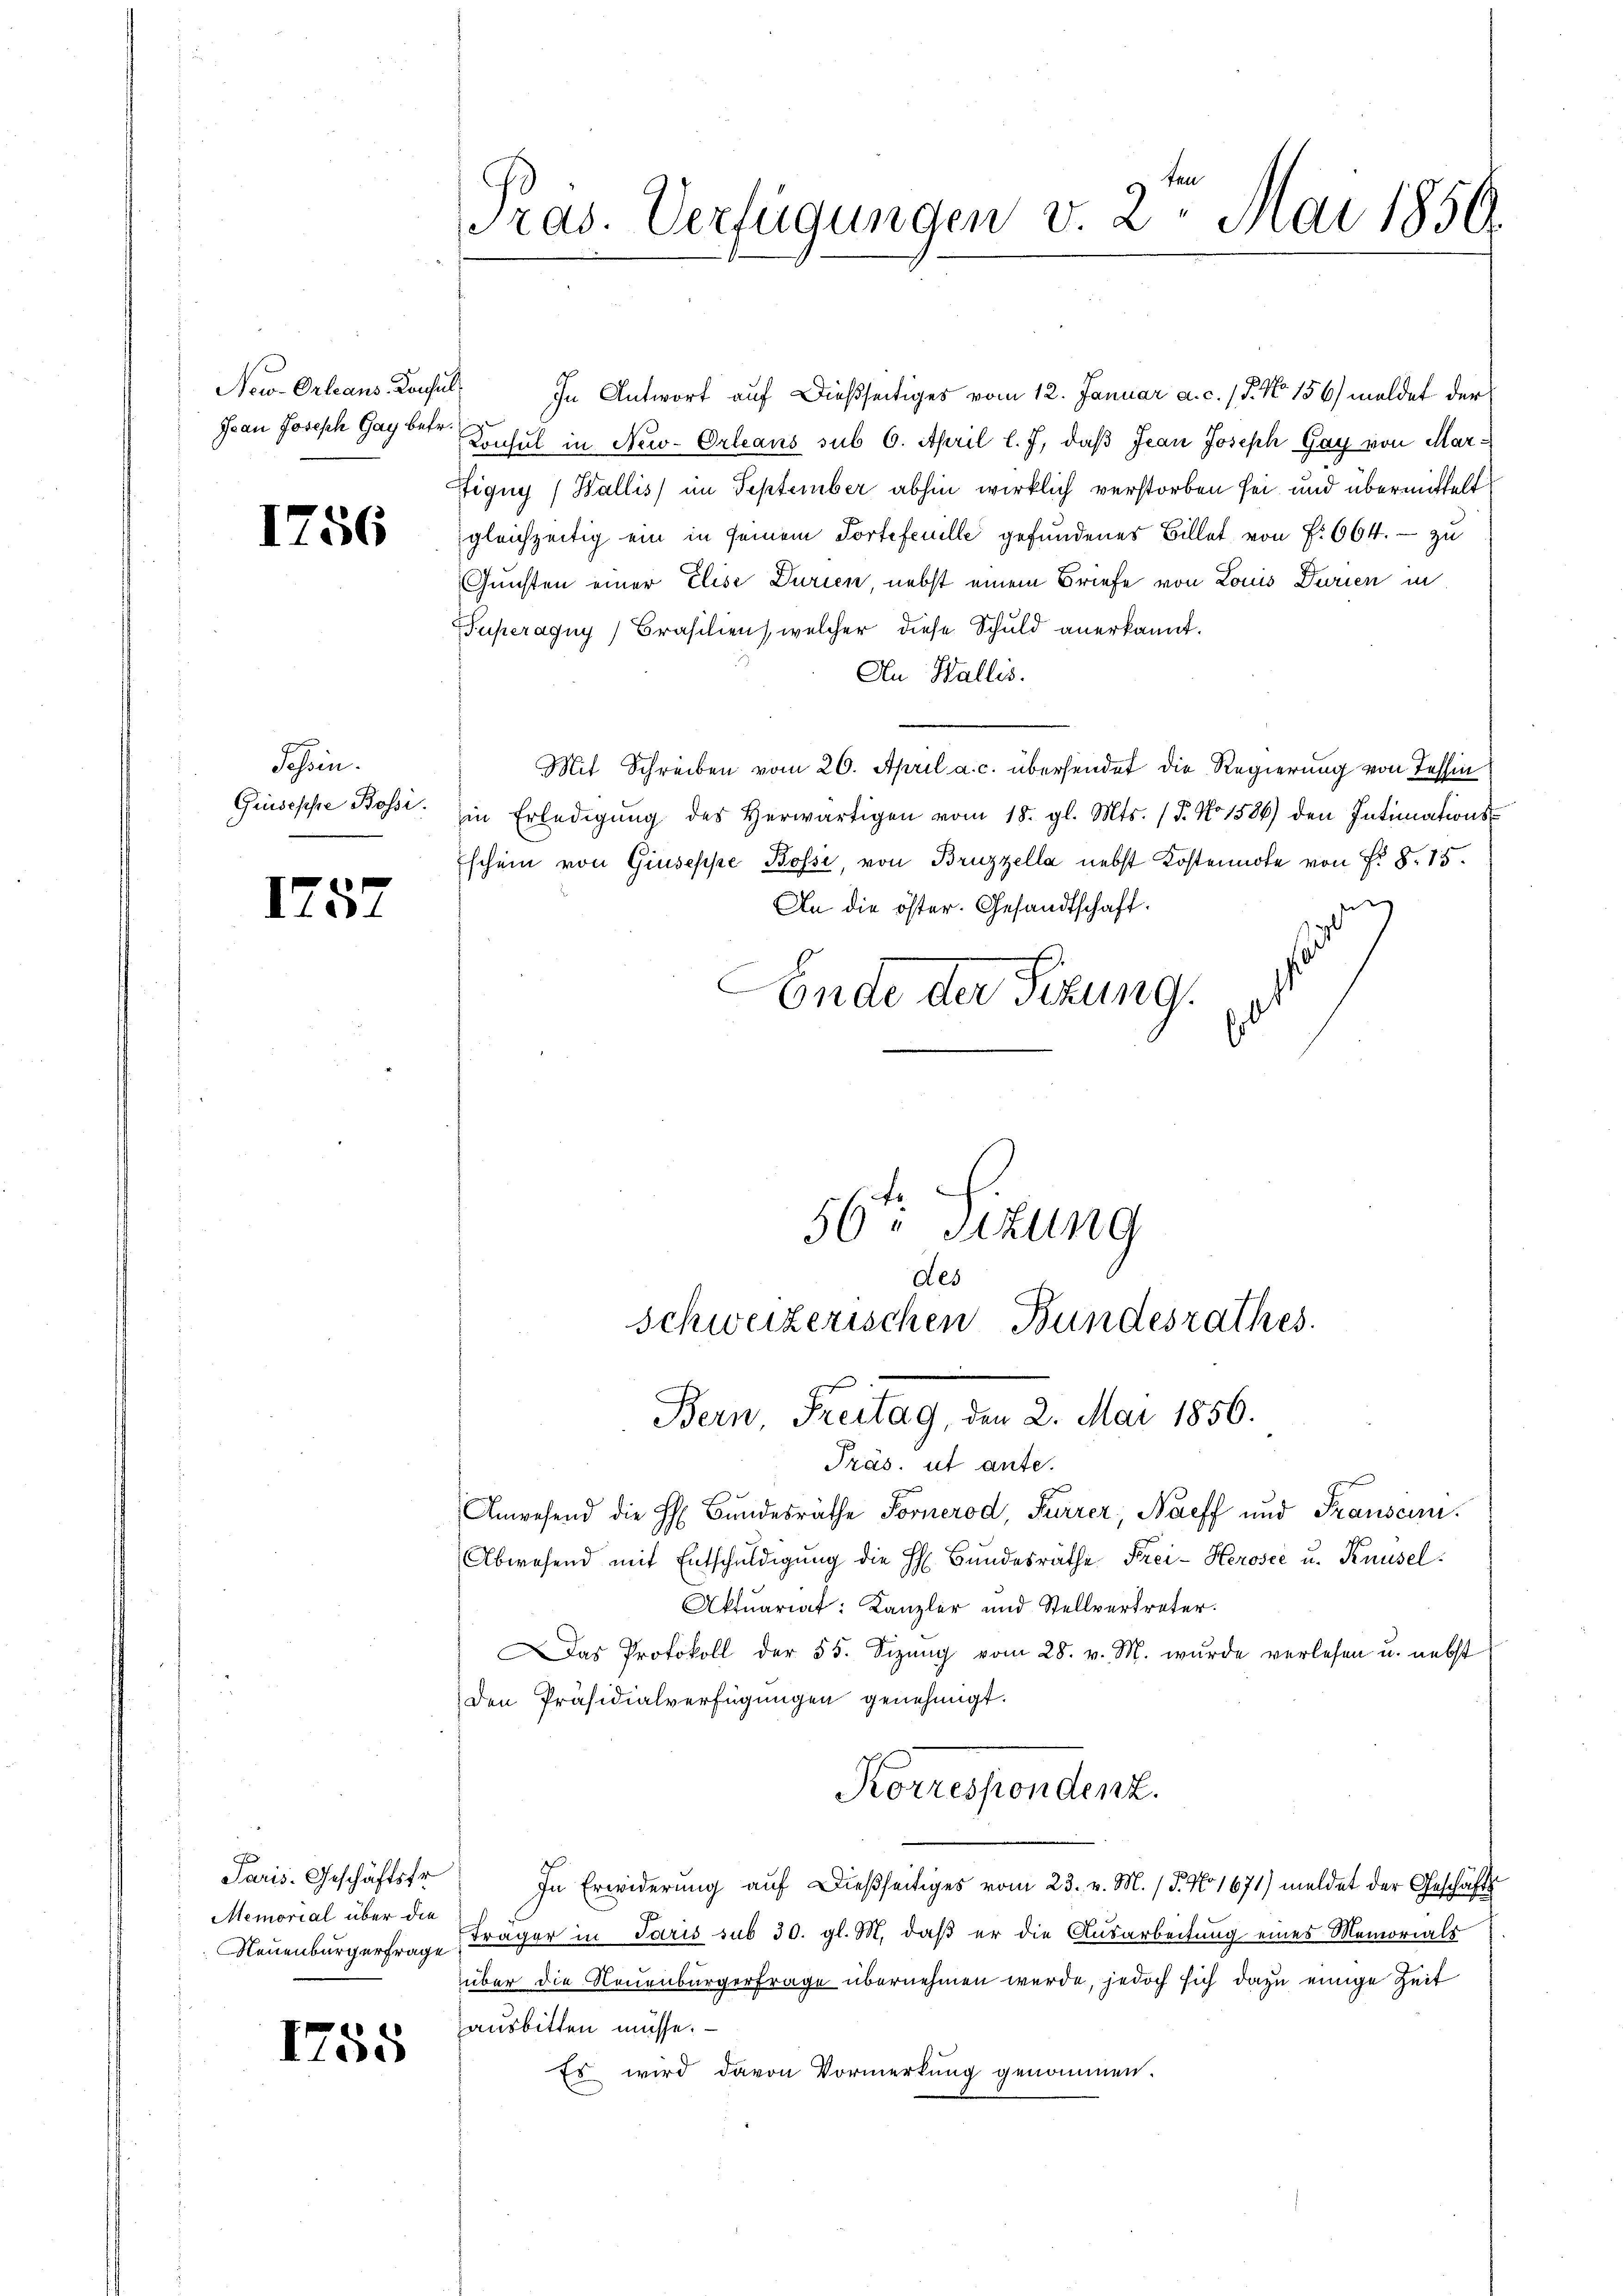
Jean Joseph Gay betr.

1756

Jahren.
Giuseppe Bossi.

1757

Paris-Geschäftsfr.
Memorial über die
Neuenburgerfrage

1755

Tras. Verfügungen v. 2. Mai 1856.

New-Orleans Konsul, In Antwort auf dießseitiges vom 12. Januar a. c. 15. No 156) meldet der
Konsul in New-Orleans sub 6. April l. J. daß Jean Joseph Gay von Mar¬
Eigny (Wallis im September abhin wirklich verstorben sei und übermittelt
gleichzeitig ein in seinem Tortefeuille gefundenes Billet von f. 664. - zu
Gunsten einer Elise Durien, nebst einem Briefe von Louis Durien in
Puperagny, Brasilien, welcher diese Schuld anerkannt.
An Wallis.
Mit Schreiben vom 26. April a. c. übersendet die Regierung von Tessin
in Erledigŭng des herwärtigen vom 18. gl. Mts. (T. No 1586) den Intimations-
Eschein von Giuseppe Bossi, von Bruzzella nebst Kostennote von Fr. 8. 15.
i
An die öster. Gesandtschaft.
C
Ende der Sitzung.
56ten Sitzung
des

schweizerischen Bundesrathes
Bern, Freitag, den 2. Mai 1856.

Präs. ut ante.
t
.
Anwesend die H. Bundesräthe Fornerod, Furrer, Naeff und Transcin.
Abwesend mit Entschuldigung die H. Bŭndesräthe Frei-Kerosee u. Knüsel
Aktuariat: Kanzler und Stellvertreter.
as Protokoll der 55. Sizŭng vom 28. v. M. wurde verlesen u. nebst
den Präsidialverfügungen genehmigt.
Korrespondenz.
In Erwiderung auf dießseitiges vom 23. v. M. (T. No 1671) meldet der Geschäfts
Träger in Paris sub 30. gl. M. daβ er die Ausarbeitung eines Memorials
über die Neuenburgerfrage übernehmen werde, jedoch sich dazu einige Zeit
ausbitten müsse.
Es wird davon Vormerkŭng genommen.